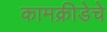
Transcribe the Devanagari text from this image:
कामक्रीडेचे